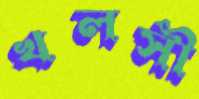
খলসী